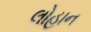
લોહાન